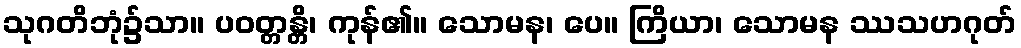
သုဂတိဘုံ၌သာ။ ပဝတ္တန္တိ၊ ကုန်၏။ သောမန၊ ပေ။ ကြိယာ၊ သောမန ဿသဟဂုတ်